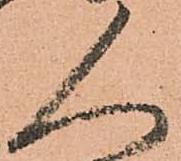
人